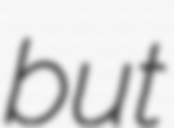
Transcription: but